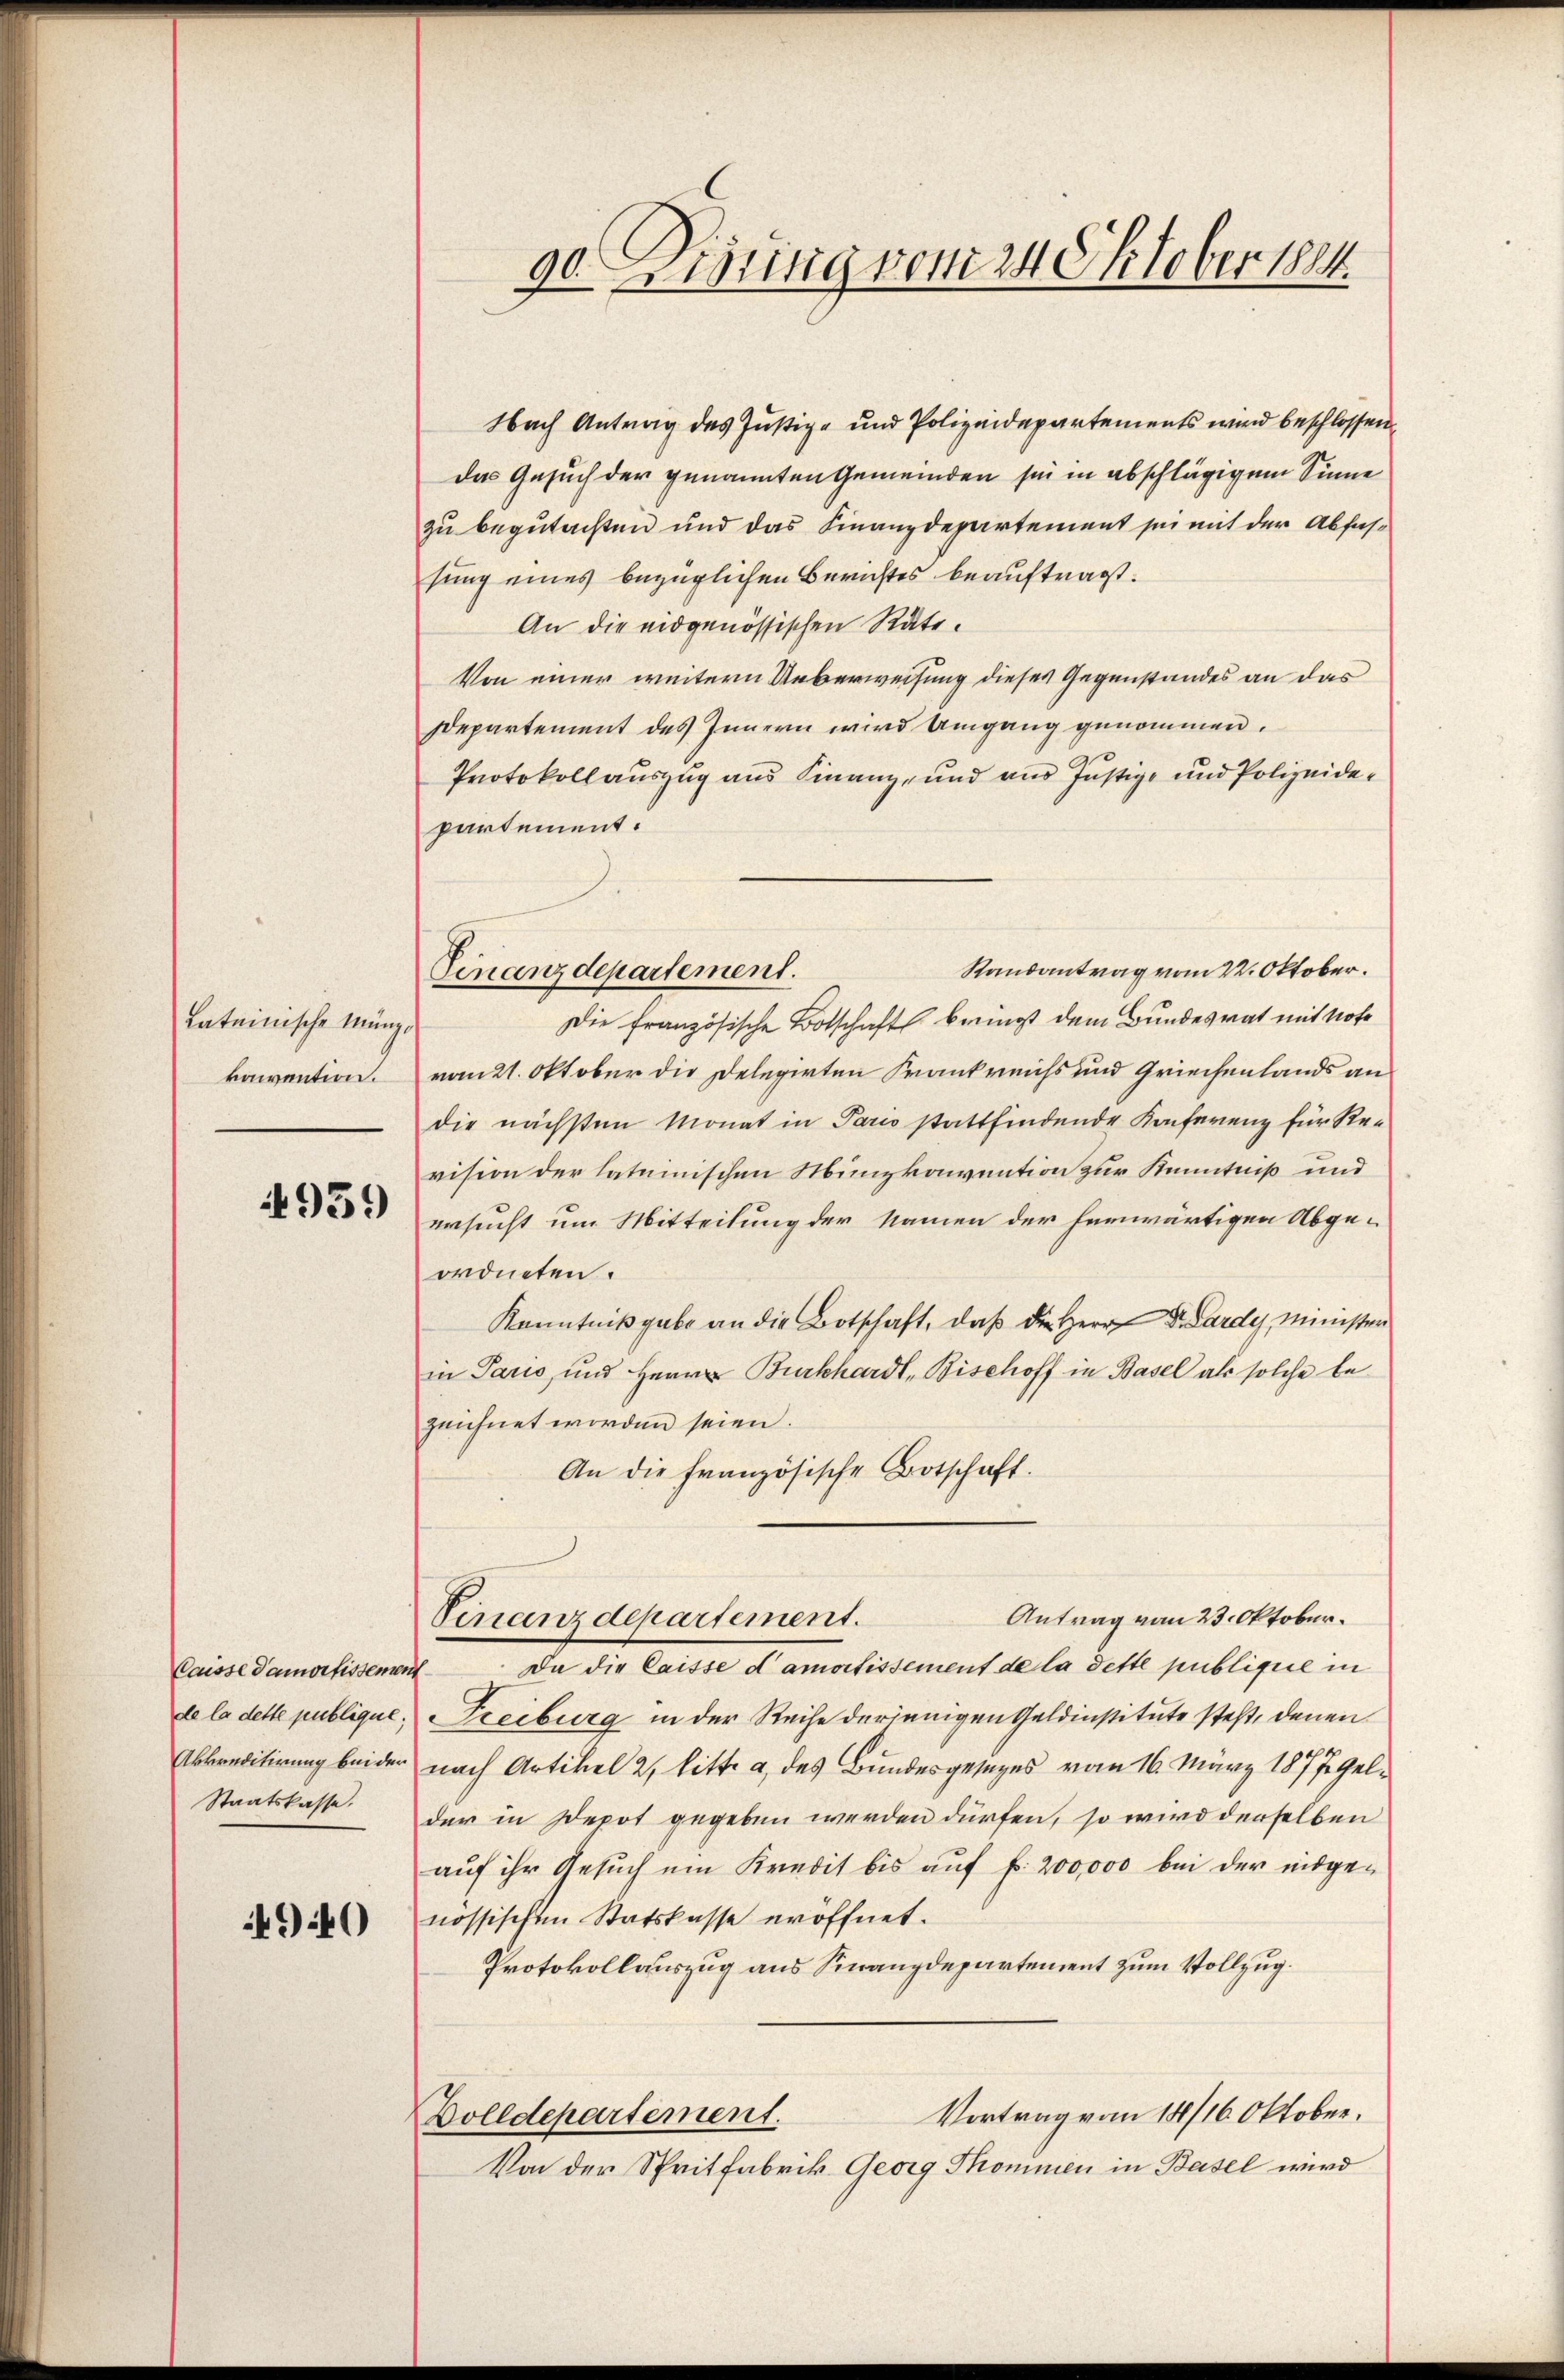
Lateinische Münzkaivention.

4959

de la dette publique;
Akkreditirung bei der
Staatskasse,

490

Finanzdepartement.

90. Visung vom 24 Oktober 1884

Nach Antrag des Justiz- und Polizeidepartements wird beschlossen
das Gesuch der genannten Gemeinden sie in abschlägigem Sinne
zu begutachten und das Finanzdepartement sei mit der Abfassung eines bezüglichen Berichtes beauftragt.
An die eidgenössischen Räte.
Von einer weitern Ueberweisung dieses Gegenstandes an das
Departement des Innern wird Umgang genommen.
Protokollauszug aus Finanz- und aus Justiz- und Polizeidepartement.
Randantrag vom 22. Oktober.
Die französische Botschaft bringt dem Bundesrat mit Note
vom 21. Oktober die Delegirten Frankreichs und Griechenlands an
die nächsten Monat in Paris stattfindende Konferenz für Revision der lateinischen Munzkonvention zur Kenntniß und
ersucht um Mitteilung der Namen der herwärtigen Abge-
ordneten.
Kenntnißgabe an die Botschaft, daß die Herr Dr. Lardy, Minister
in Paris, und Herrn Burkhardt, Bischoff in Basel als solche bezeichnet worden seien.
An die französische Botschaft.
Antrag vom 23. Oktober.
Vinanzdepartement.
Caisse damortissement Da die Caisse d’amortissement de la dette publique in
Freiburg in der Reihe derjenigen Geldinstitute steht, denen
2
nach Artikel 2, litt. a, des Bundesgesetzes vom 16. März 1877 Gelder in Depot gegeben werden dürfen, so wird derselben
aŭf ihr Gesŭch um Kredit bis aŭf f. 200,000 bei der eidge-
nössischen Statskasse eröffnet.
Protokollauszug aus Sinanzdepartement zum Vollzug.
Vortrag vom 18/16. Oktober.
Dolldepartement.
Von der Spritfabrik Georg Thommen in Basel wird